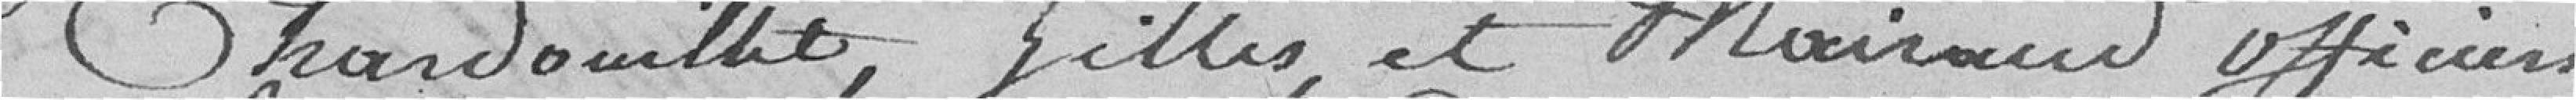
Chardouillet, Gilles et Mairand officiers